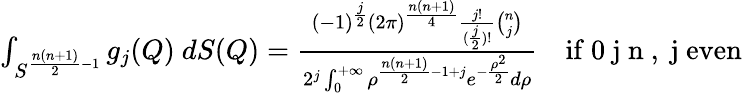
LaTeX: \begin{array}{r}{\int_{S^{\frac{n(n+1)}{2}-1}}{g_{j}(Q)\ dS(Q)}=\frac{(-1)^{\frac{j}{2}}(2\pi)^{\frac{n(n+1)}{4}}\frac{j!}{(\frac{j}{2})!}\binom{n}{j}}{2^{j}\int_{0}^{+\infty}{\rho^{\frac{n(n+1)}{2}-1+j}e^{-\frac{\rho^{2}}{2}}d\rho}}\quad\mathrm{if~0\le~j\le~n~,~j~even}}\end{array}